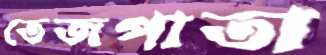
তেজপাতা